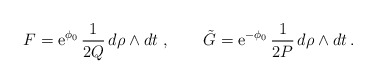
\begin{align*} F = {\mbox{e}}^{\phi_0} \, \frac{1}{2Q} \,d\rho\wedge dt \ , \qquad \tilde{G} = {\mbox{e}}^{-\phi_0} \, \frac{1}{2P} \,d\rho \wedge dt\, .\end{align*}